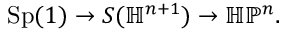
{ \mathrm { S p } } ( 1 ) \to S ( \mathbb { H } ^ { n + 1 } ) \to \mathbb { H P } ^ { n } .